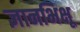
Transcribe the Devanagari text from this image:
ज्ञानभिक्षू